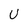
Character: U